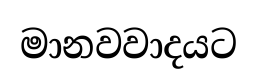
මානවවාදයට